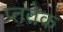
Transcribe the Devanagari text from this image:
प्ततेक